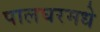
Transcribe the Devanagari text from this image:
पालघरमधे